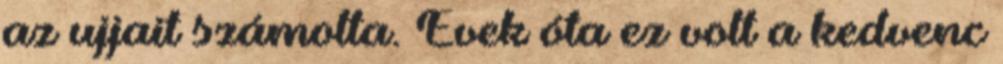
az ujjait számolta. Évek óta ez volt a kedvenc